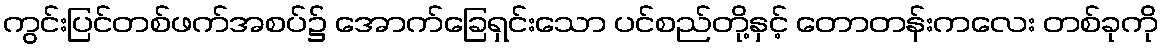
ကွင်းပြင်တစ်ဖက်အစပ်၌ အောက်ခြေရှင်းသော ပင်စည်တို့နှင့် တောတန်းကလေး တစ်ခုကို